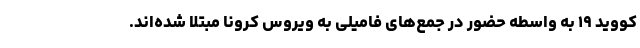
کووید ۱۹ به واسطه حضور در جمع‌های فامیلی به ویروس کرونا مبتلا شده‌اند.